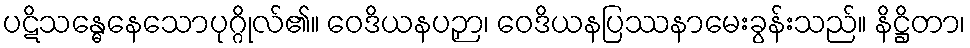
ပဋိသန္ဓေနေသောပုဂ္ဂိုလ်၏။ ဝေဒိယနပဉှာ၊ ဝေဒိယနပြဿနာမေးခွန်းသည်။ နိဋ္ဌိတာ၊